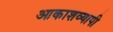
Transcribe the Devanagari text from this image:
आकाशव्यापी